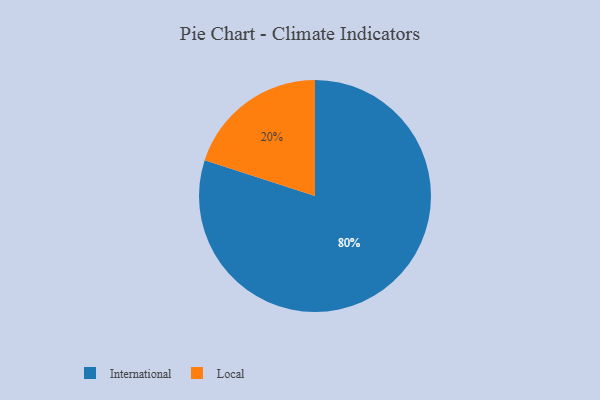
{"axis": {"x": "Category", "y": "Percentage"}, "legend": ["International", "Local"], "data": [{"x": "International", "y": 80, "type": "International"}, {"x": "Local", "y": 20, "type": "Local"}]}